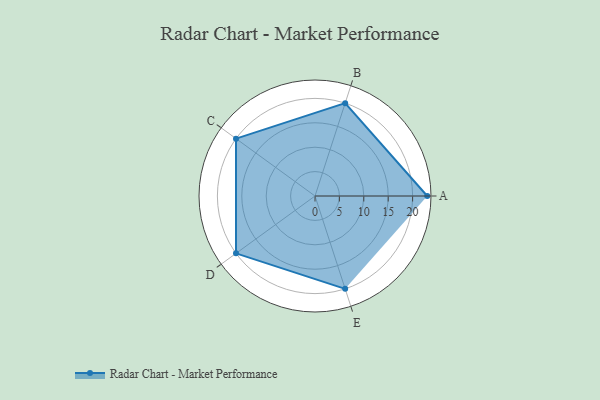
{"axis": {"x": "Skill", "y": "Score"}, "legend": ["Profile"], "data": [{"x": "A", "y": 23.0, "type": "Profile"}, {"x": "B", "y": 20.0, "type": "Profile"}, {"x": "C", "y": 20, "type": "Profile"}, {"x": "D", "y": 20, "type": "Profile"}, {"x": "E", "y": 20, "type": "Profile"}]}